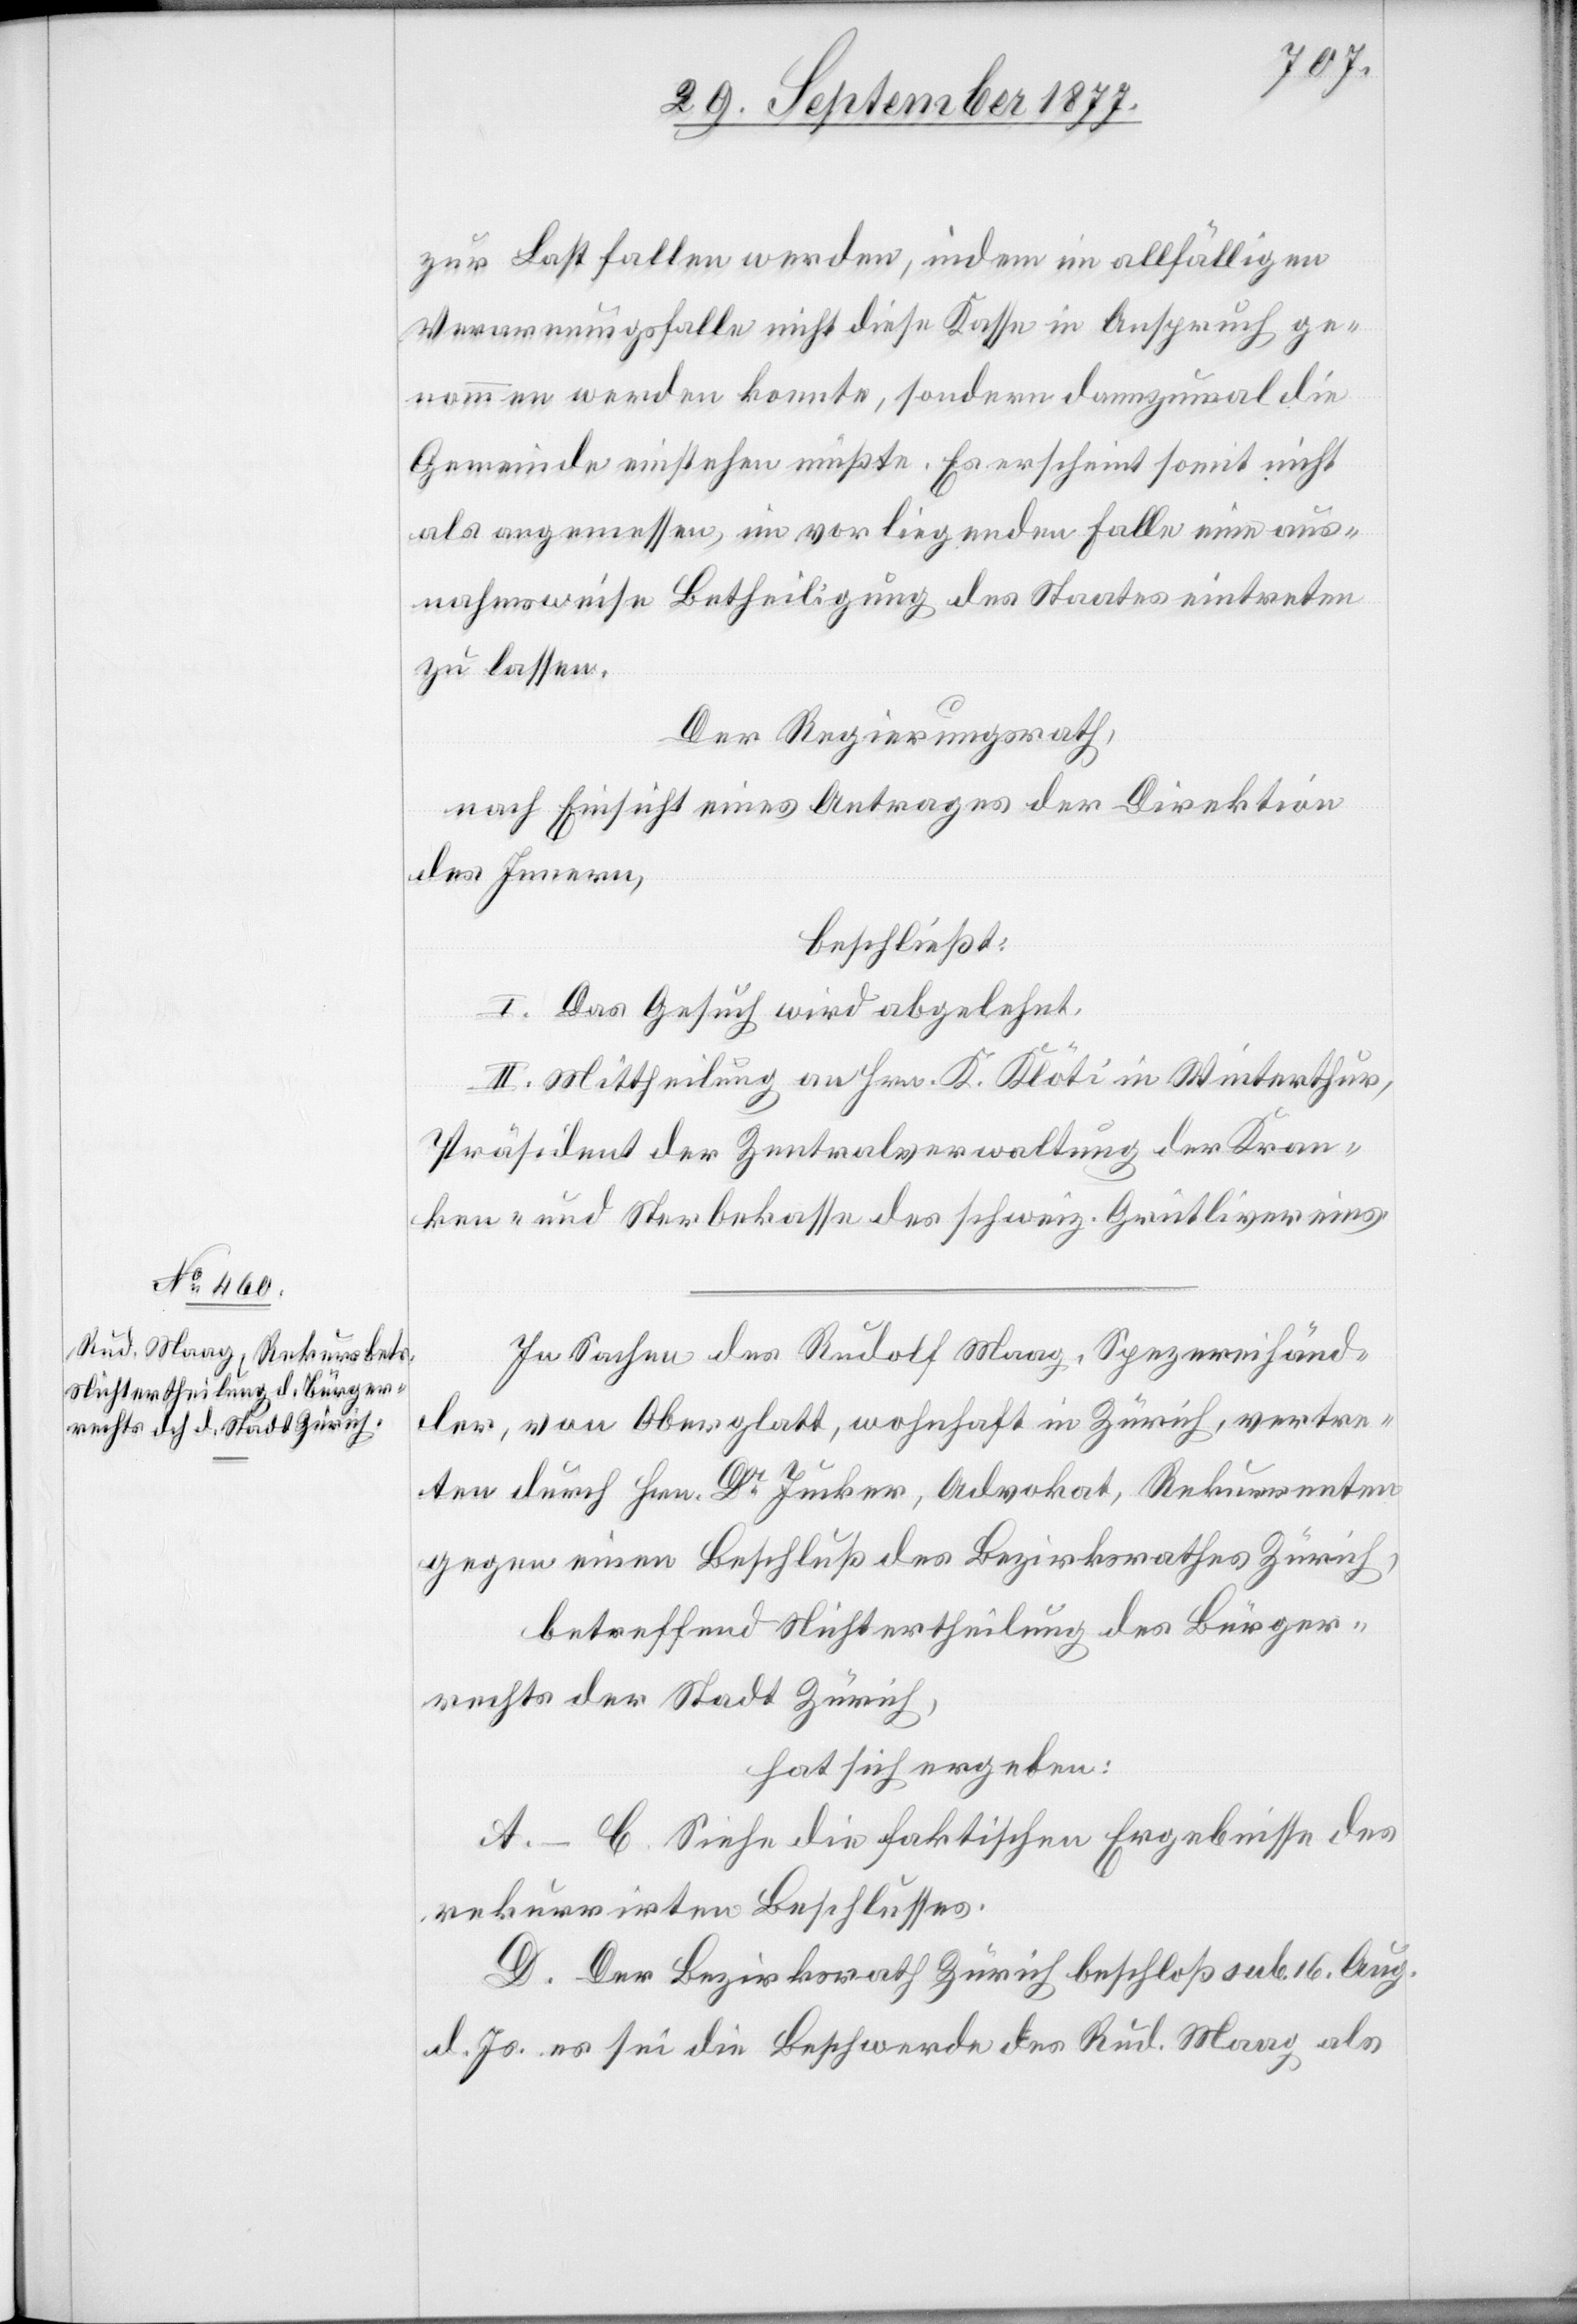
zur Last fallen werden, indem im allfälligen
Verarmungsfalle nicht diese Kasse in Anspruch ge¬
nommen werden konnte [recte: könnte], sondern dannzumal die
Gemeinde einstehen müßte. Es erscheint somit nicht
als angemessen, im vorliegenden Falle eine aus¬
nahmsweise Betheiligung des Staates eintreten
zu lassen.
Der Regierungsrath,
nach Einsicht eines Antrages der Direktion
des Innern,
beschließt:
I. Das Gesuch wird abgelehnt.
II. Mittheilung an Hrn. K. Klöti In Winterthur,
Präsident der Zentralverwaltung der Kran¬
ken- und Sterbekasse des schweiz. Grütlivereins.
In Sachen des Rudolf Maag, Spezereihänd¬
ler, von Oberglatt, wohnhaft in Zürich, vertre¬
ten durch Hrn. Dr Jucker, Advokat, Rekurrenten
gegen einen Beschluß des Bezirksrathes Zürich,
betreffend Nichtertheilung des Bürger¬
rechts der Stadt Zürich,
hat sich ergeben:
A.–C. Siehe die faktischen Ergebnisse des
rekurrirten Beschlusses.
D. Der Bezirksrath Zürich beschloß sub. 16. Aug.
d. Js. es sei die Beschwerde des Rud. Maag als